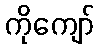
ကိုကျော်